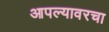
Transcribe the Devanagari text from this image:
आपल्यावरचा